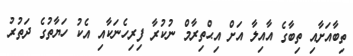
ތިބާއަށާއި ތިބާގެ އާއިލާ އަށް އިޙްތިރާމް ނުކުރާ ފިރިހެނަކާއި އެކު ހަޔާތުގެ ދަތުރު